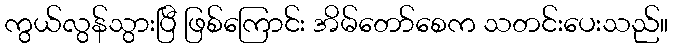
ကွယ်လွန်သွားပြီ ဖြစ်ကြောင်း အိမ်တော်စေက သတင်းပေးသည်။